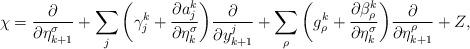
LaTeX: \begin{align*}\chi = \frac {\partial} {\partial \eta^\sigma_{k+1}} + \sum_j \bigg( \gamma^k_j + \frac {\partial a^k_j} {\partial \eta^\sigma_k} \bigg) \frac {\partial} {\partial y^j_{k+1}} + \sum_\rho \bigg(g^k_\rho + \frac {\partial \beta^k_\rho} {\partial \eta^\sigma_k} \bigg) \frac {\partial} {\partial \eta^\rho_{k+1}} + Z,\end{align*}